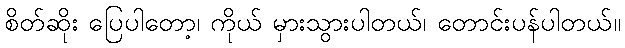
စိတ်ဆိုး ပြေပါတော့၊ ကိုယ် မှားသွားပါတယ်၊ တောင်းပန်ပါတယ်။